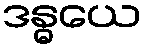
ဒန္ဓယေ